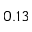
0 . 1 3